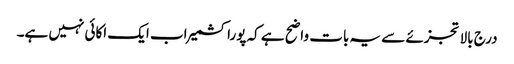
درج بالا تجزئے سے یہ بات واضح ہے کہ پوراکشمیر اب ایک اکائی نہیں ہے۔